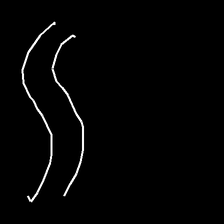
Glyph: float